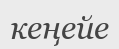
кеңейе